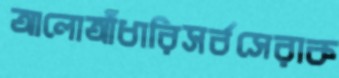
আলোআঁধারিসর্বসেরাক